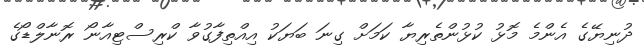
ދުނިޔޭގެ އެންމެ މޮޅު ކުޅުންތެރިޔާ ކަމަށް ގިނަ ބަޔަކު އިއްތިފާގުވާ ކްރިސްޓިއާނޯ ރޮނާލްޑޯގެ